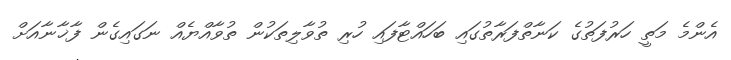
އެންމެ މަތީ ހަރުފަތުގެ ކަނާތްފަރާތުގައި ބަހައްޓާފައި ހުރި ތުވާލިތަކުން ތުވާއްޔެއް ނަގައިގެން ފާޚާނާއަށް